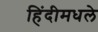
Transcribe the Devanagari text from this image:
हिंदीमधले